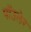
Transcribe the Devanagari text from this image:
पॉउलेर